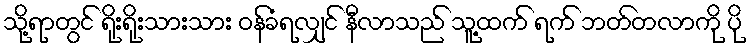
သို့ရာတွင် ရိုးရိုးသားသား ဝန်ခံရလျှင် နီလာသည် သူ့ထက် ရက် ဘတ်တလာကို ပို